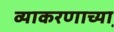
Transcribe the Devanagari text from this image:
व्याकरणाच्या़